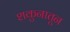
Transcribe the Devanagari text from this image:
शकुनातून